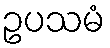
ဥပသမံ